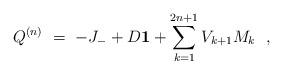
LaTeX: \begin{align*}Q ^{(n)} \ =\ -J_{-} + D {\bf 1} + \sum_{k=1}^{2n+1} V_{k+1} M_k\ \ ,\end{align*}